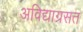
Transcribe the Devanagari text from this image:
अविद्याग्रसत